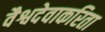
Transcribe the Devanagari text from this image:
वैश्वदेवाकरिता